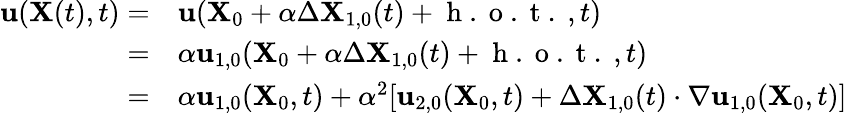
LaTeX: \begin{array}{rl}{\mathbf{u}(\mathbf{X}(t),t)=}&{{}\mathbf{u}(\mathbf{X}_{0}+\alpha\Delta\mathbf{X}_{1,0}(t)+\mathrm{~h~.~o~.~t~.~},t)}\\ {=}&{{}\alpha\mathbf{u}_{1,0}(\mathbf{X}_{0}+\alpha\Delta\mathbf{X}_{1,0}(t)+\mathrm{~h~.~o~.~t~.~},t)}\\ {=}&{{}\alpha\mathbf{u}_{1,0}(\mathbf{X}_{0},t)+\alpha^{2}[\mathbf{u}_{2,0}(\mathbf{X}_{0},t)+\Delta\mathbf{X}_{1,0}(t)\cdot\nabla\mathbf{u}_{1,0}(\mathbf{X}_{0},t)]}\end{array}